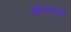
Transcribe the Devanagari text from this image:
मीपणाचे